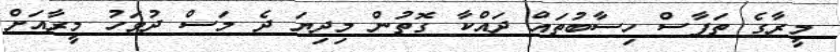
މީރާގެ ތަފާސް ހިސާބުތައް ދައްކާ ގޮތުން މިދިޔަ ދެ މަސް ދުވަހު މީރާއަށް